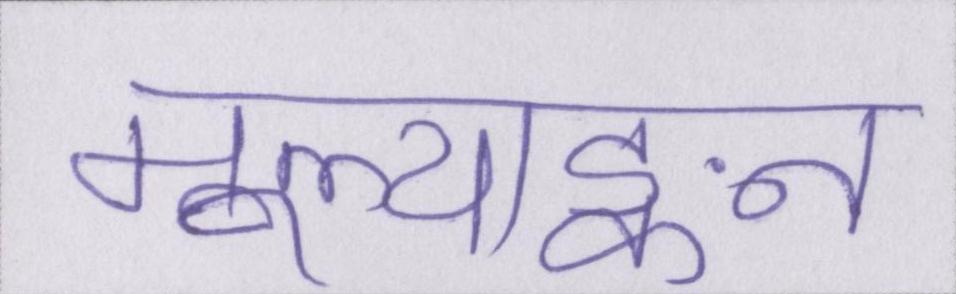
मूल्याङ्कन